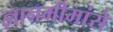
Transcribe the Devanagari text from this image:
ज्ञानमीमांसे